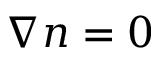
\nabla n = 0